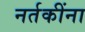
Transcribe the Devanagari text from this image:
नर्तकींना